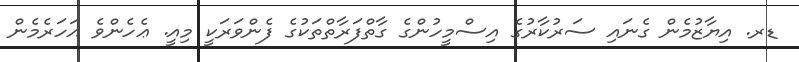
ޑރ. އިޔާޒުމެން ގެނައި ސަރުކާރުގެ އިސްމީހުންގެ ގާތްފަރާތްތަކުގެ ފެންވަރަކީ މިއީ. ޢެހެންވެ އަހަރެމެން